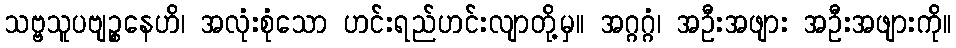
သဗ္ဗသူပဗျဉ္စနေဟိ၊ အလုံးစုံသော ဟင်းရည်ဟင်းလျာတို့မှ။ အဂ္ဂဂ္ဂံ၊ အဦးအဖျား အဦးအဖျားကို။